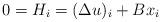
LaTeX: \begin{align*}0 = H_i = (\Delta u)_i + B x_i\end{align*}